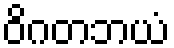
ဝိဂတဘယံ